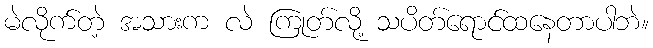
မဲလိုက်တဲ့ အသားက လဲ ကြုတ်လို့ သပိတ်ရောင်ထနေတာပါဘဲ။